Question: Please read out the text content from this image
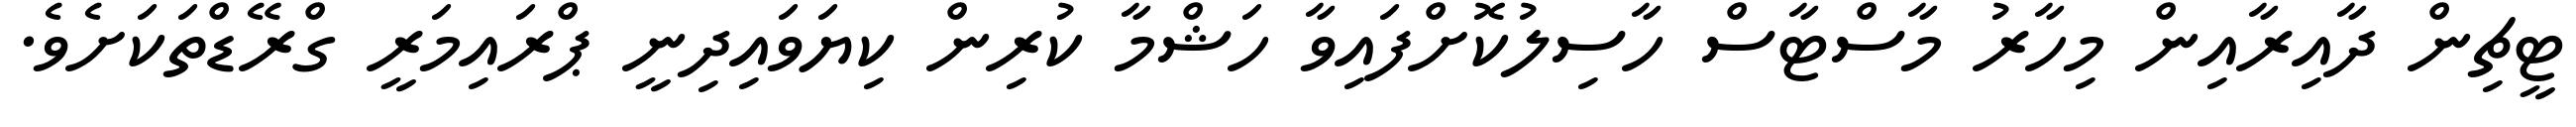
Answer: ޓީޗިން ދާއިރާއިން މިހާރު މާސްޓާސް ހާސިލުކޮށްފައިވާ ހަޝްމާ ކުރިން ކިޔަވައިދިނީ ޕްރައިމަރީ ގްރޭޑްތަކަށެވެ.